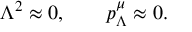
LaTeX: \Lambda ^ { 2 } \approx 0 , \qquad p _ { \Lambda } ^ { \mu } \approx 0 .